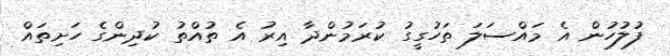
ފުލުހުން އެ މައްސަލަ ތަހުގީގު ކުރަމުންދާ އިރު އެ ތުއްތު ކުދިންގެ ހަށިތައް